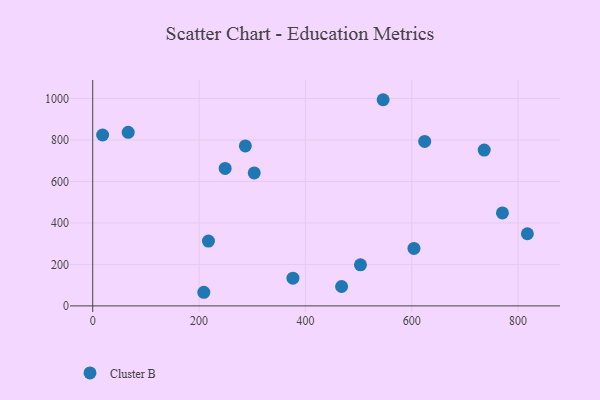
{"axis": {"x": "Ad Spend", "y": "Salary"}, "legend": ["Cluster B"], "data": [{"x": "770.5", "y": 448.1, "type": "Cluster B"}, {"x": "503.5", "y": 198.3, "type": "Cluster B"}, {"x": "303.7", "y": 641.2, "type": "Cluster B"}, {"x": "604.1", "y": 277.1, "type": "Cluster B"}, {"x": "468.0", "y": 93.6, "type": "Cluster B"}, {"x": "736.2", "y": 751.4, "type": "Cluster B"}, {"x": "546.1", "y": 994.2, "type": "Cluster B"}, {"x": "66.7", "y": 836.8, "type": "Cluster B"}, {"x": "376.5", "y": 133.8, "type": "Cluster B"}, {"x": "624.3", "y": 793.3, "type": "Cluster B"}, {"x": "208.9", "y": 65.7, "type": "Cluster B"}, {"x": "287.0", "y": 771.3, "type": "Cluster B"}, {"x": "217.6", "y": 312.5, "type": "Cluster B"}, {"x": "817.4", "y": 347.9, "type": "Cluster B"}, {"x": "18.6", "y": 824.2, "type": "Cluster B"}, {"x": "249.0", "y": 662.9, "type": "Cluster B"}]}